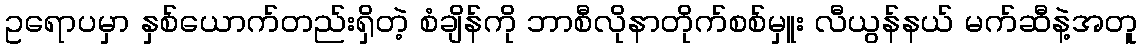
ဥရောပမှာ နှစ်ယောက်တည်းရှိတဲ့ စံချိန်ကို ဘာစီလိုနာတိုက်စစ်မှူး လီယွန်နယ် မက်ဆီနဲ့အတူ